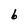
Character: 6